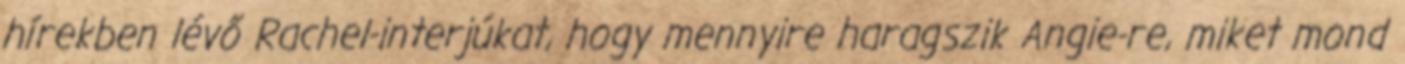
hírekben lévő Rachel-interjúkat, hogy mennyire haragszik Angie-re, miket mond